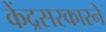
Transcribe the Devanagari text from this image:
केंद्रसरकारने